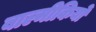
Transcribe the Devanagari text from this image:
बाल्मीकियों